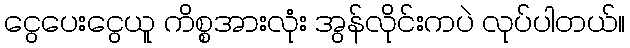
ငွေပေးငွေယူ ကိစ္စအားလုံး အွန်လိုင်းကပဲ လုပ်ပါတယ်။